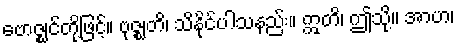
ဗောဇ္ဈင်တို့ဖြင့်။ ဗုဇ္ဈတိ၊ သိနိုင်ပါသနည်း။ ဣတိ၊ ဤသို့။ အာဟ၊